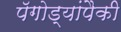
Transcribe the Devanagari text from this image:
पॅगोड्यांपैकी